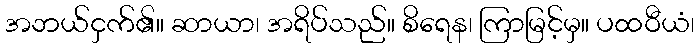
အဘယ်ငှက်၏။ ဆာယာ၊ အရိပ်သည်။ စိရေန၊ ကြာမြင့်မှ။ ပထဝီယံ၊